NAE_ERA_R-2362_Emakeele_Selts, lk 12
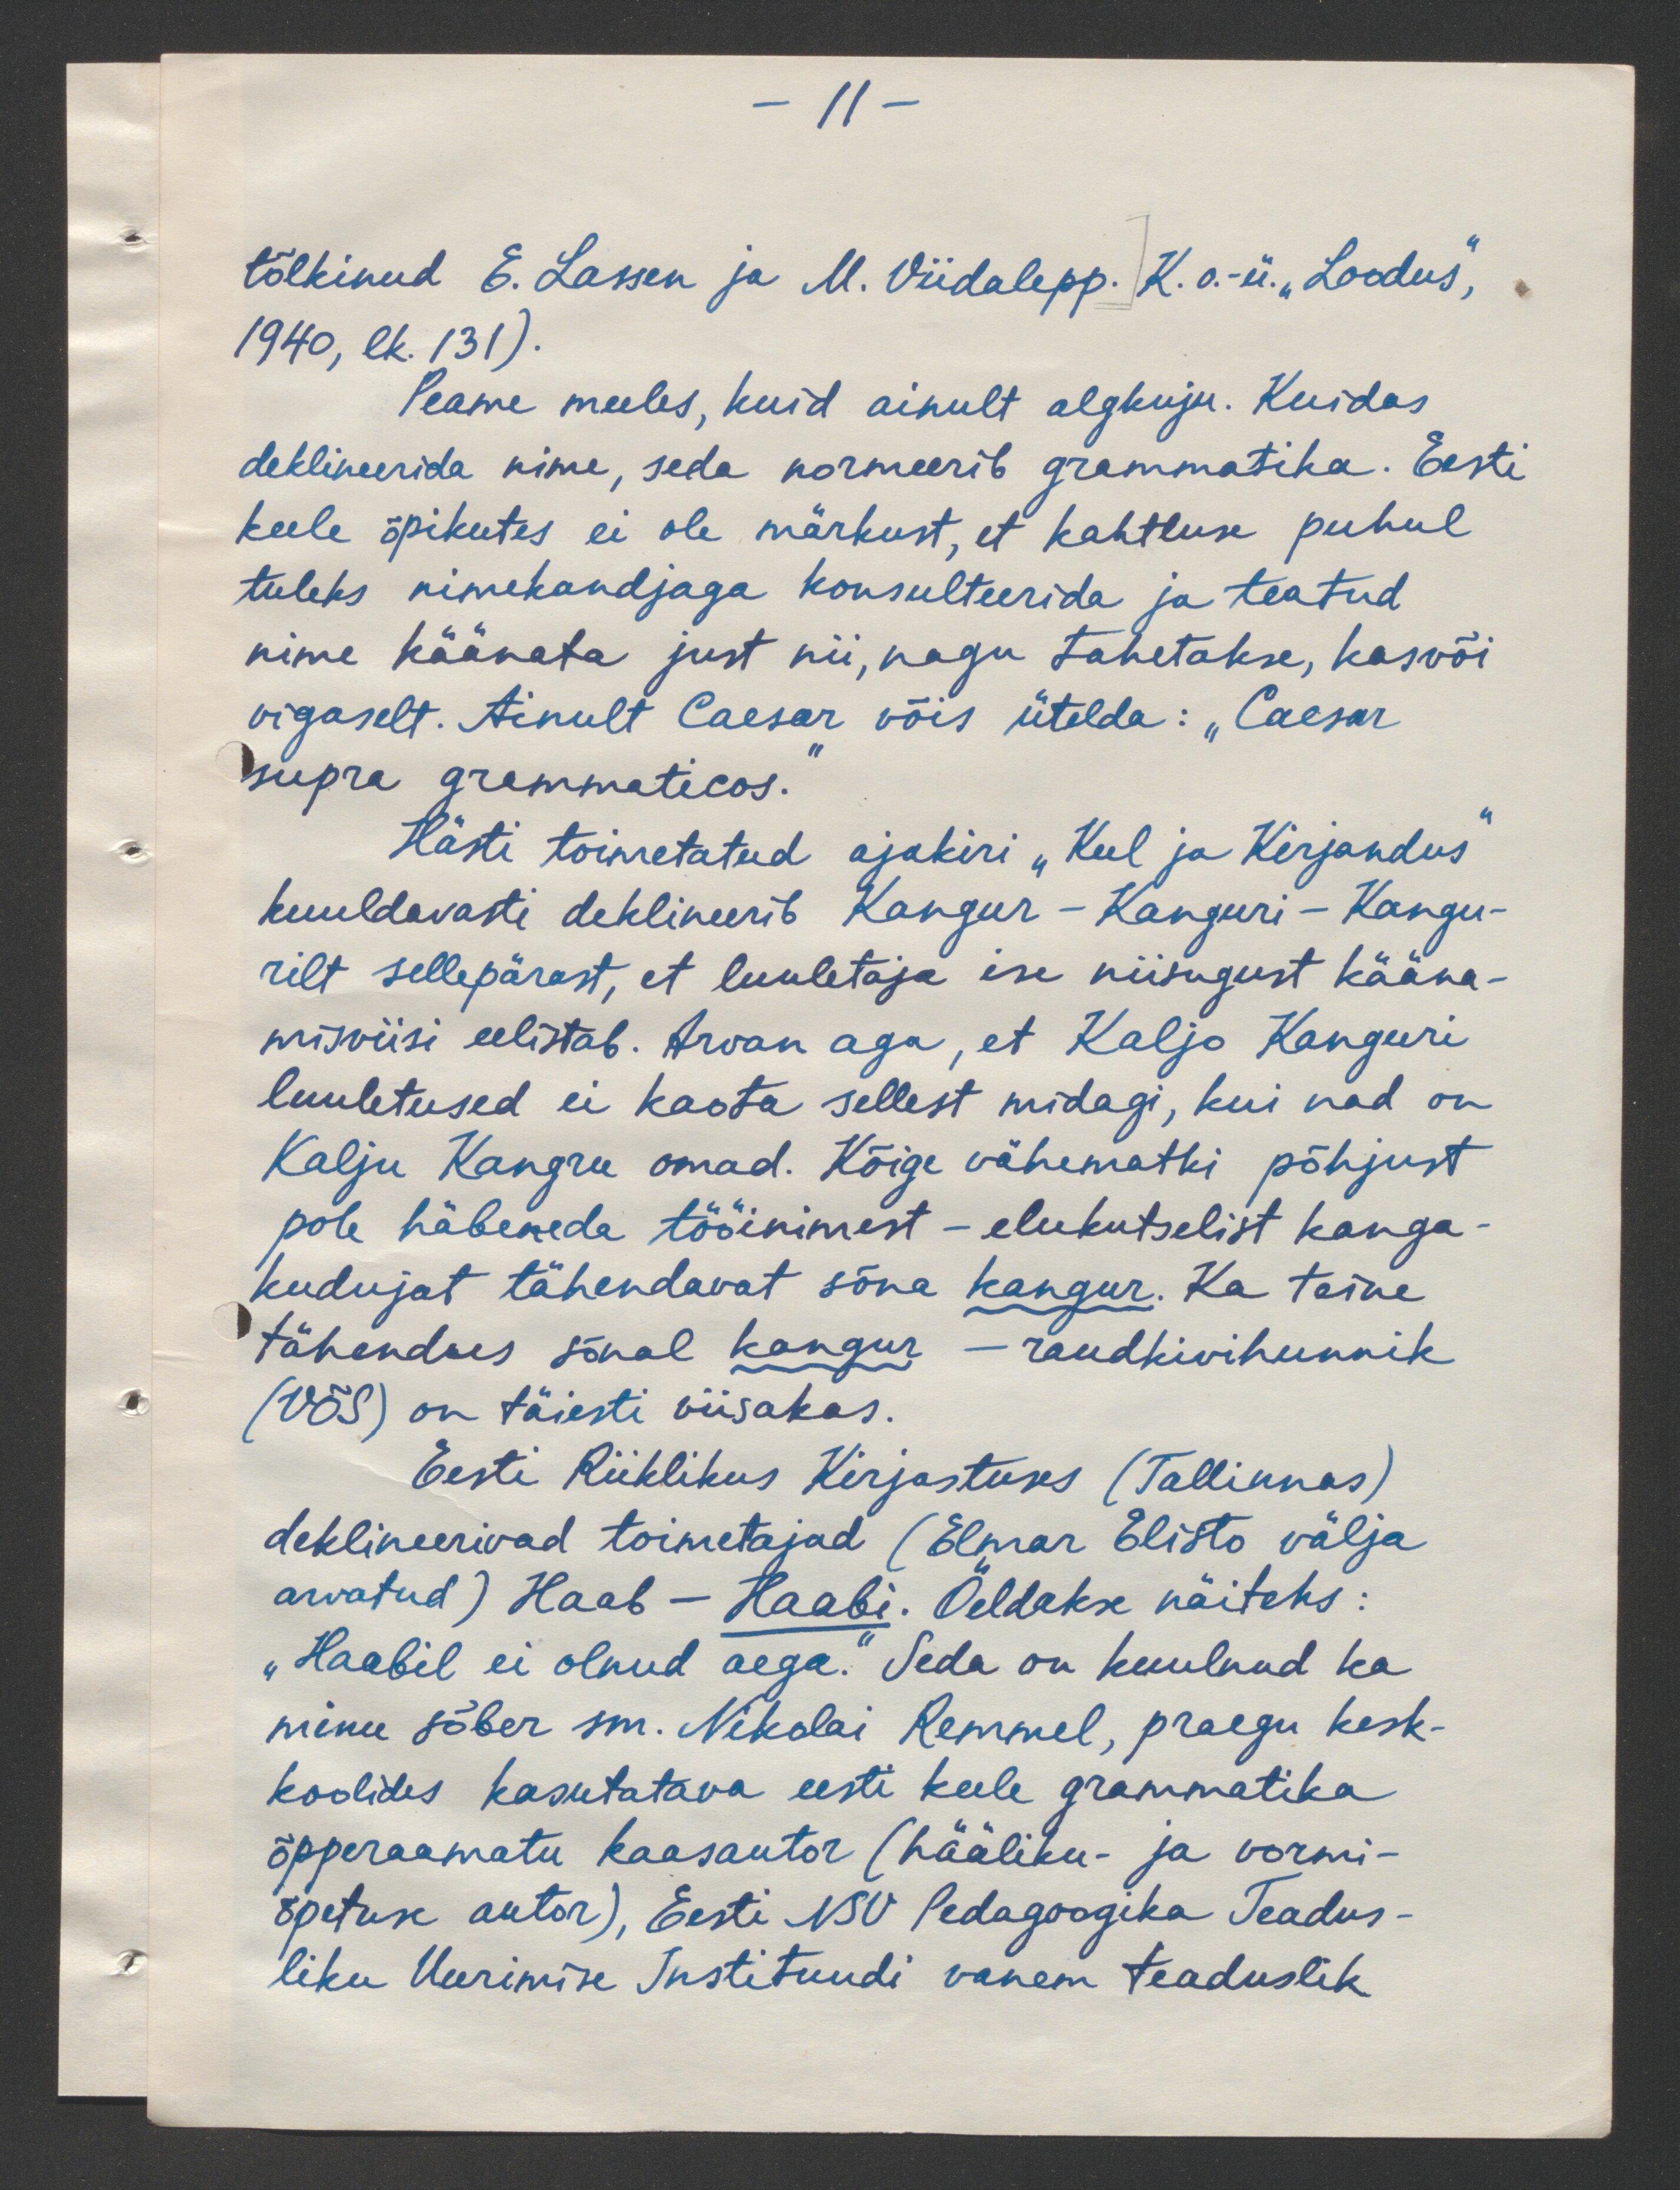
-11 -
tõlkinud E. Lassen ja M. Viidalepp. K. o.-ü. "Loodus",
1940, lk. 131).
Peame meeles, kuid ainult algkuju. Kuidas
deklineerida nime, seda normeerib grammatika. Eesti
keele õpikutes ei ole märkust, et kahtluse puhul
tuleks nimekandjaga konsulteerida ja teatud
nime käänata just nii, nagu tahetakse, kas või
vigaselt. Ainult Caesar võis ütelda: "Caesar"
supra grammaticos.
Hästi toimetatud ajakiri "Keel ja Kirjandus"
kuuldavasti deklineerib Kangur - Kanguri - Kangu-
rit sellepärast, et luuletaja ise niisugust kääna-
miviisi eelistab. Arvan aga, et Kaljo Kanguri
luuletused ei kaota sellest midagi, kui nad on
Kalju Kangru omad. Kõige vähematki põhjust
pole häbeneda tööinimest - elukutselist kanga-
kudujat tähendavat sõna kangur. Ka teine
tähendus sõnal kangur - raudkivihunnik
(VÕS) on täiesti viisakas.
Eesti Riiklikus Kirjastuses (Tallinnas).
deklineerivad toimetajad (Elmar Elisto välja
arvatud) Haab - Haabi. Öeldakse näiteks:
„Haabil ei olnud aega. Seda on kuulnud ka
minu sõber sm. Nikolai Remmel, praegu kesk-
koolides kasutatava eesti keele grammatika
õpperaamatu kaasautor (hääliku- ja vormi-
õpetuse autor), Eesti NSV Pedagoogika Teadus-
liku Uurimise Instituudi vanem teaduslik